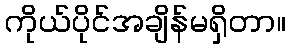
ကိုယ်ပိုင်အချိန်မရှိတာ။